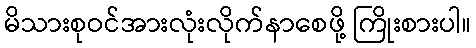
မိသားစုဝင်အားလုံးလိုက်နာစေဖို့ ကြိုးစားပါ။